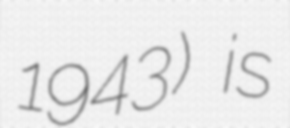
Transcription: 1943) is